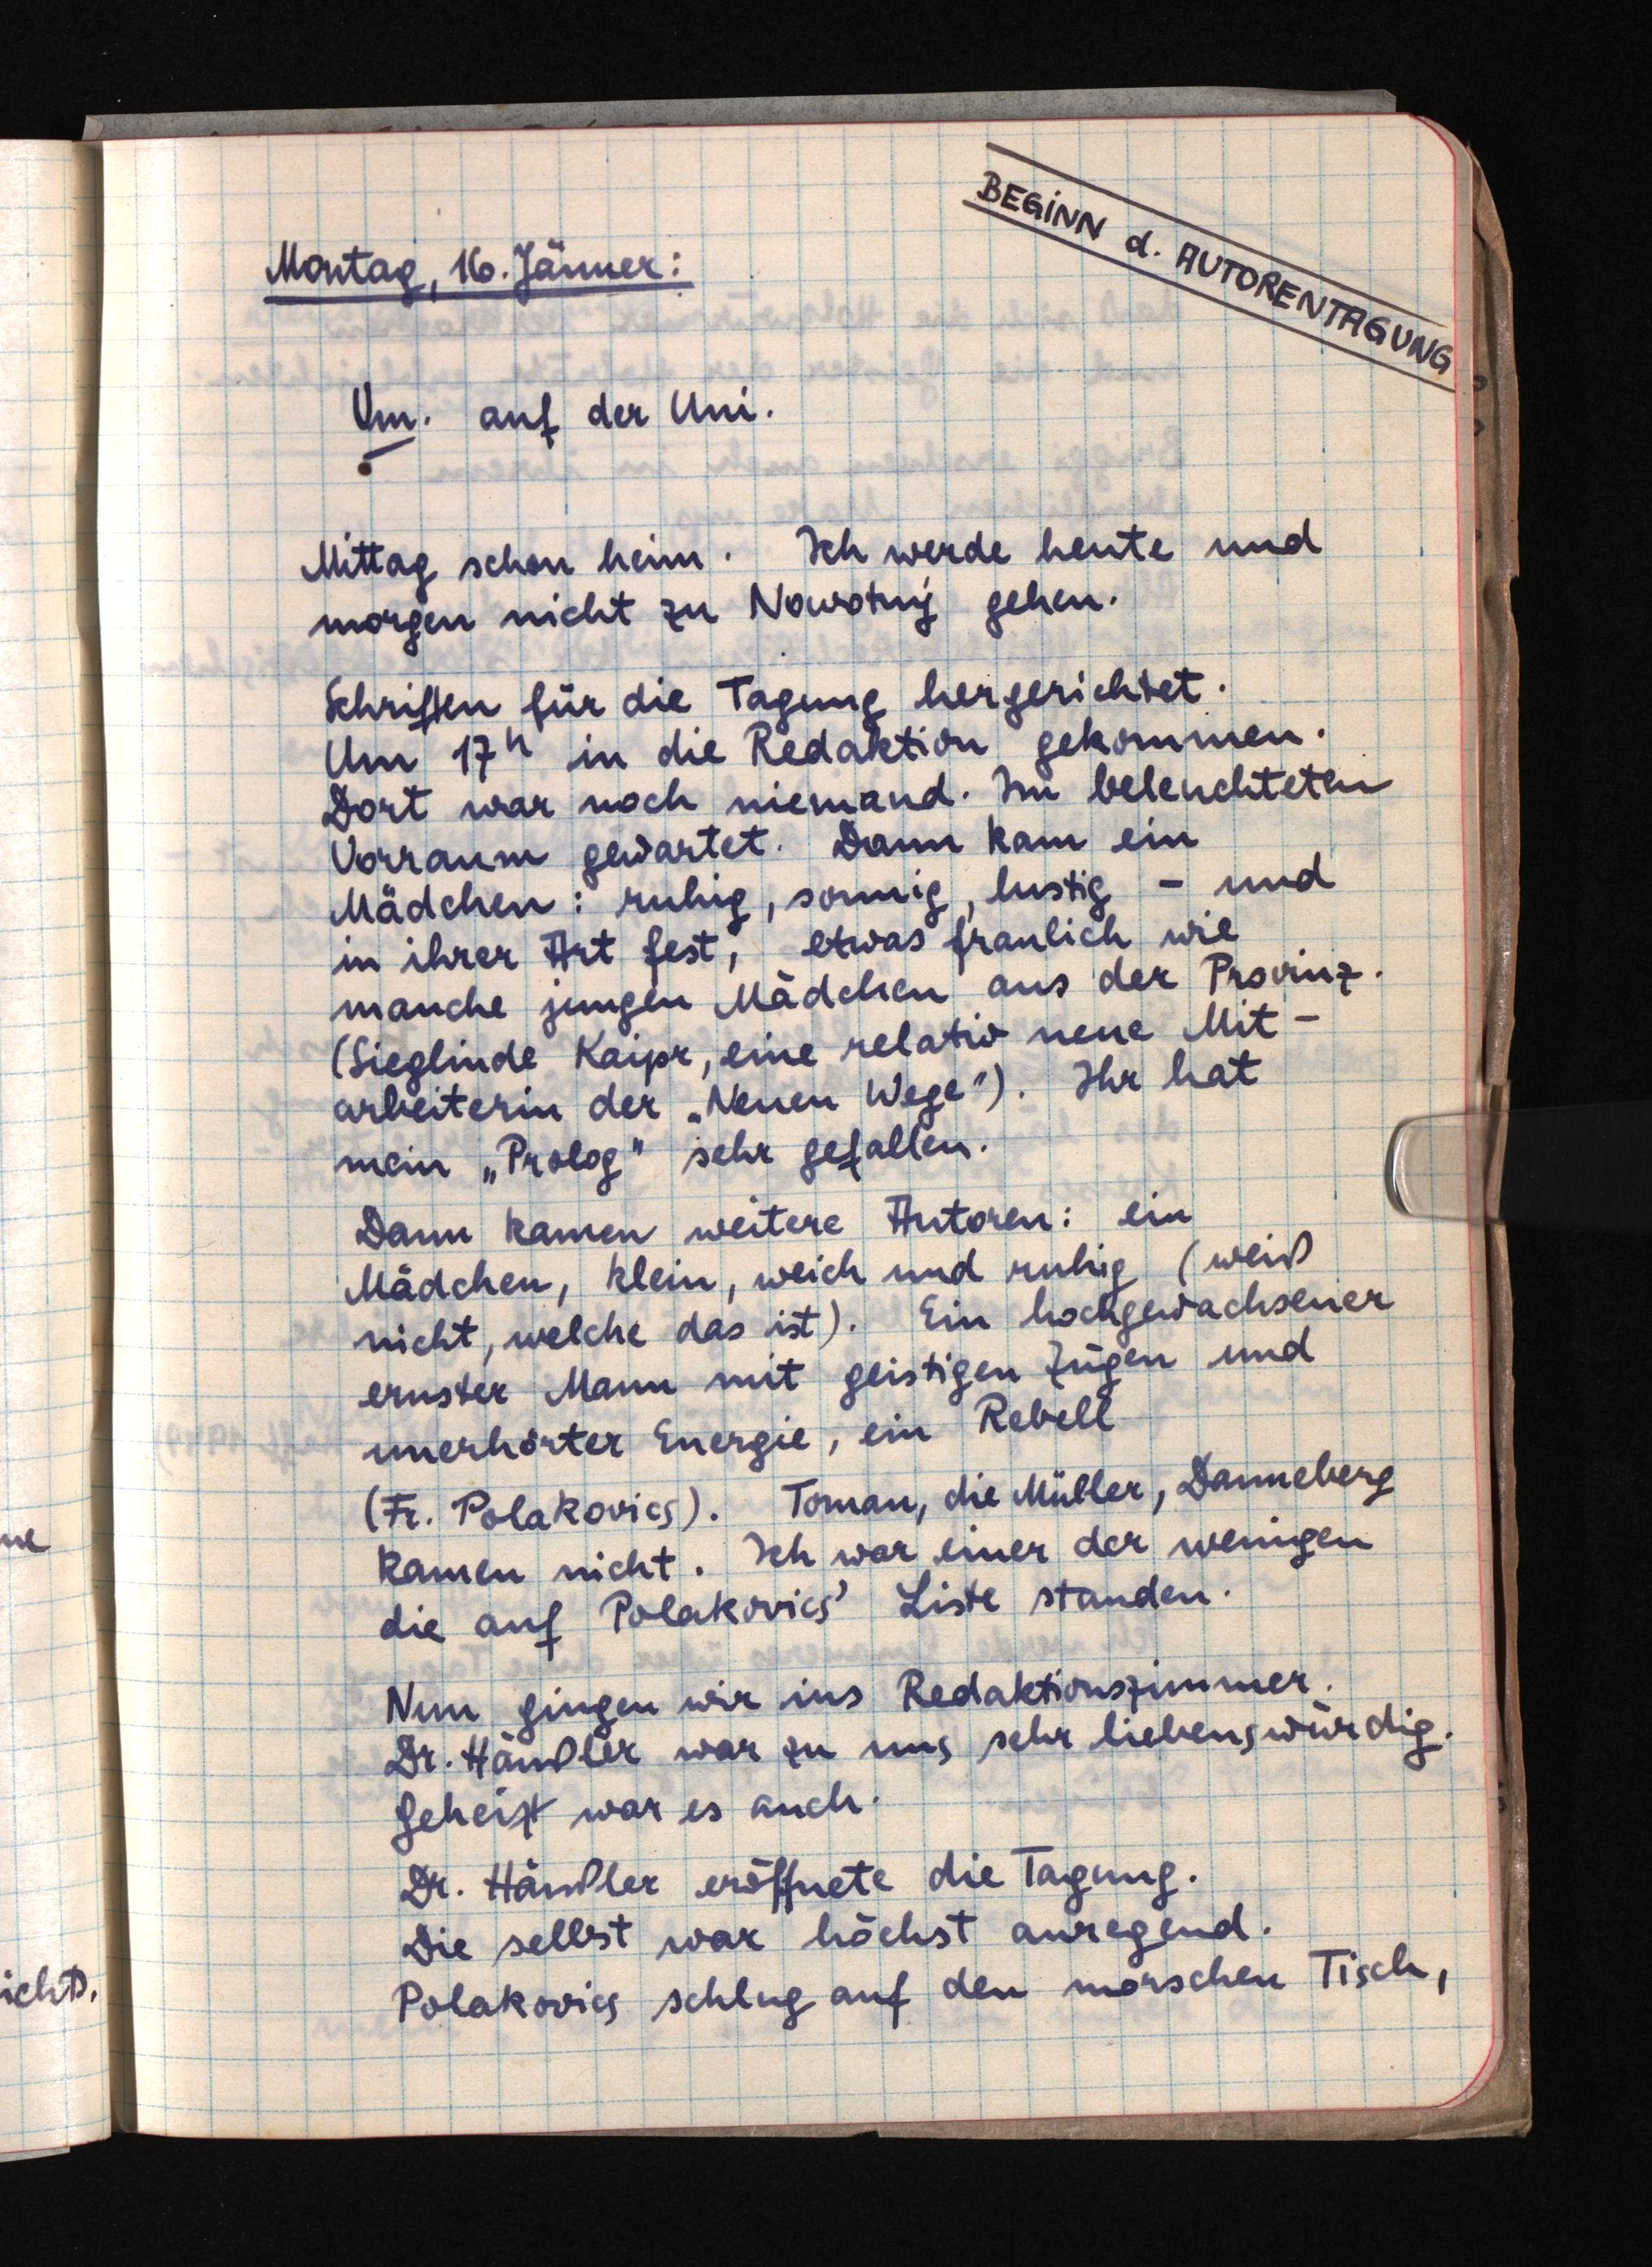
BEGINN d. AUTORENTAGUNG
Montag, 16. Jänner:
Vm. auf der Uni.
Mittag schon heim. Ich werde heute und
morgen nicht zu Nowotný gehen.
Schriften für die Tagung hergerichtet.
Um 17h in die Redaktion gekommen.
Dort war noch niemand. Im beleuchteten
Vorraum gewartet. Dann kam ein
Mädchen: ruhig, sonnig, lustig - und
in ihrer Art fest, etwas fraulich wie
manche jungen Mädchen aus der Provinz.
(Sieglinde Kaipr, eine relativ neue Mit¬
arbeiterin der "Neuen Wege"). Ihr hat
mein "Prolog" sehr gefallen.
Dann kamen weitere Autoren: ein
Mädchen, klein, weich und ruhig (weiß
nicht, welche das ist). Ein hochgewachsener
ernster Mann mit geistigen Zügen und
unerhörter Energie, ein Rebell
(Fr. Polakovics). Toman, die Müller, Danneberg
kamen nicht. Ich war einer der wenigen
die auf Polakovics' Liste standen.
Nun gingen wir ins Redaktionszimmer.
Dr. Häußler war zu uns sehr liebenswürdig.
Geheizt war es auch.
Dr. Häußler eröffnete die Tagung.
Die selbst war höchst anregend.
Polakovics schlug auf den morschen Tisch,